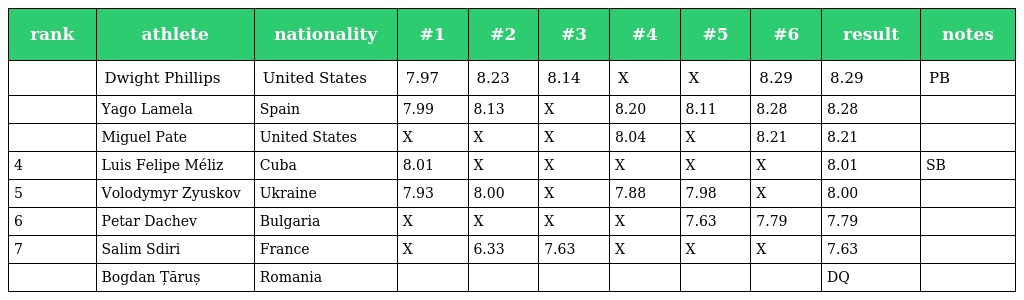
| rank | athlete | nationality | #1 | #2 | #3 | #4 | #5 | #6 | result | notes |
 | --- | --- | --- | --- | --- | --- | --- | --- | --- | --- | --- |
 |  | Dwight Phillips | United States | 7.97 | 8.23 | 8.14 | X | X | 8.29 | 8.29 | PB |
 |  | Yago Lamela | Spain | 7.99 | 8.13 | X | 8.20 | 8.11 | 8.28 | 8.28 |  |
 |  | Miguel Pate | United States | X | X | X | 8.04 | X | 8.21 | 8.21 |  |
 | 4 | Luis Felipe Méliz | Cuba | 8.01 | X | X | X | X | X | 8.01 | SB |
 | 5 | Volodymyr Zyuskov | Ukraine | 7.93 | 8.00 | X | 7.88 | 7.98 | X | 8.00 |  |
 | 6 | Petar Dachev | Bulgaria | X | X | X | X | 7.63 | 7.79 | 7.79 |  |
 | 7 | Salim Sdiri | France | X | 6.33 | 7.63 | X | X | X | 7.63 |  |
 |  | Bogdan Țăruș | Romania |  |  |  |  |  |  | DQ |  |